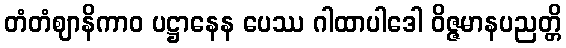
တံတံဈာနိကာဝ ပဋ္ဌာနေန ပေဿ ဂါထာပါဒေါ ဝိဇ္ဇမာနပညတ္တိ